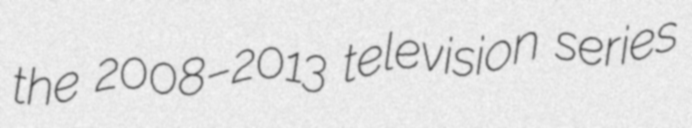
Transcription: the 2008–2013 television series